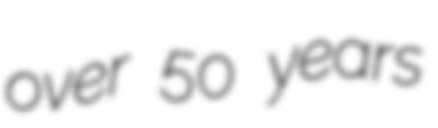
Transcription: over 50 years